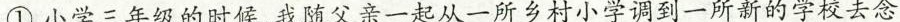
①小学三年级的时候，我随父亲一起从一所乡村小学调到一所新的学校去念